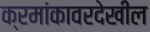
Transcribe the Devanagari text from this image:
क्रमांकावरदेखील